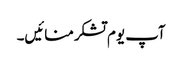
آپ یوم تشکرمنائیں۔